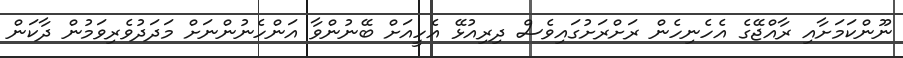
ނޫންކަމަށާއި ރާއްޖޭގެ އެހެނިހެން ރަށްރަށުގައިވެސް ދިރިއުޅޭ އެހީއަށް ބޭނުންވާ އަންހެނުންނަށް މަދަދުވެރިވަމުން ދާކަން